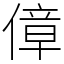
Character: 傽